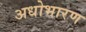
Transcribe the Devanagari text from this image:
अधोभारण